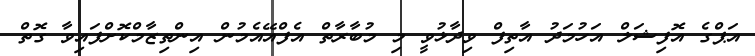
އަޕްގެ އޮފިޝަލް އަހުމަދު އާތިފް ވިދާޅުވީ މި މުބާރާތް އެފްއޭއެމުން އިންތިޒާމްކޮށްފައިވާ ގޮތް